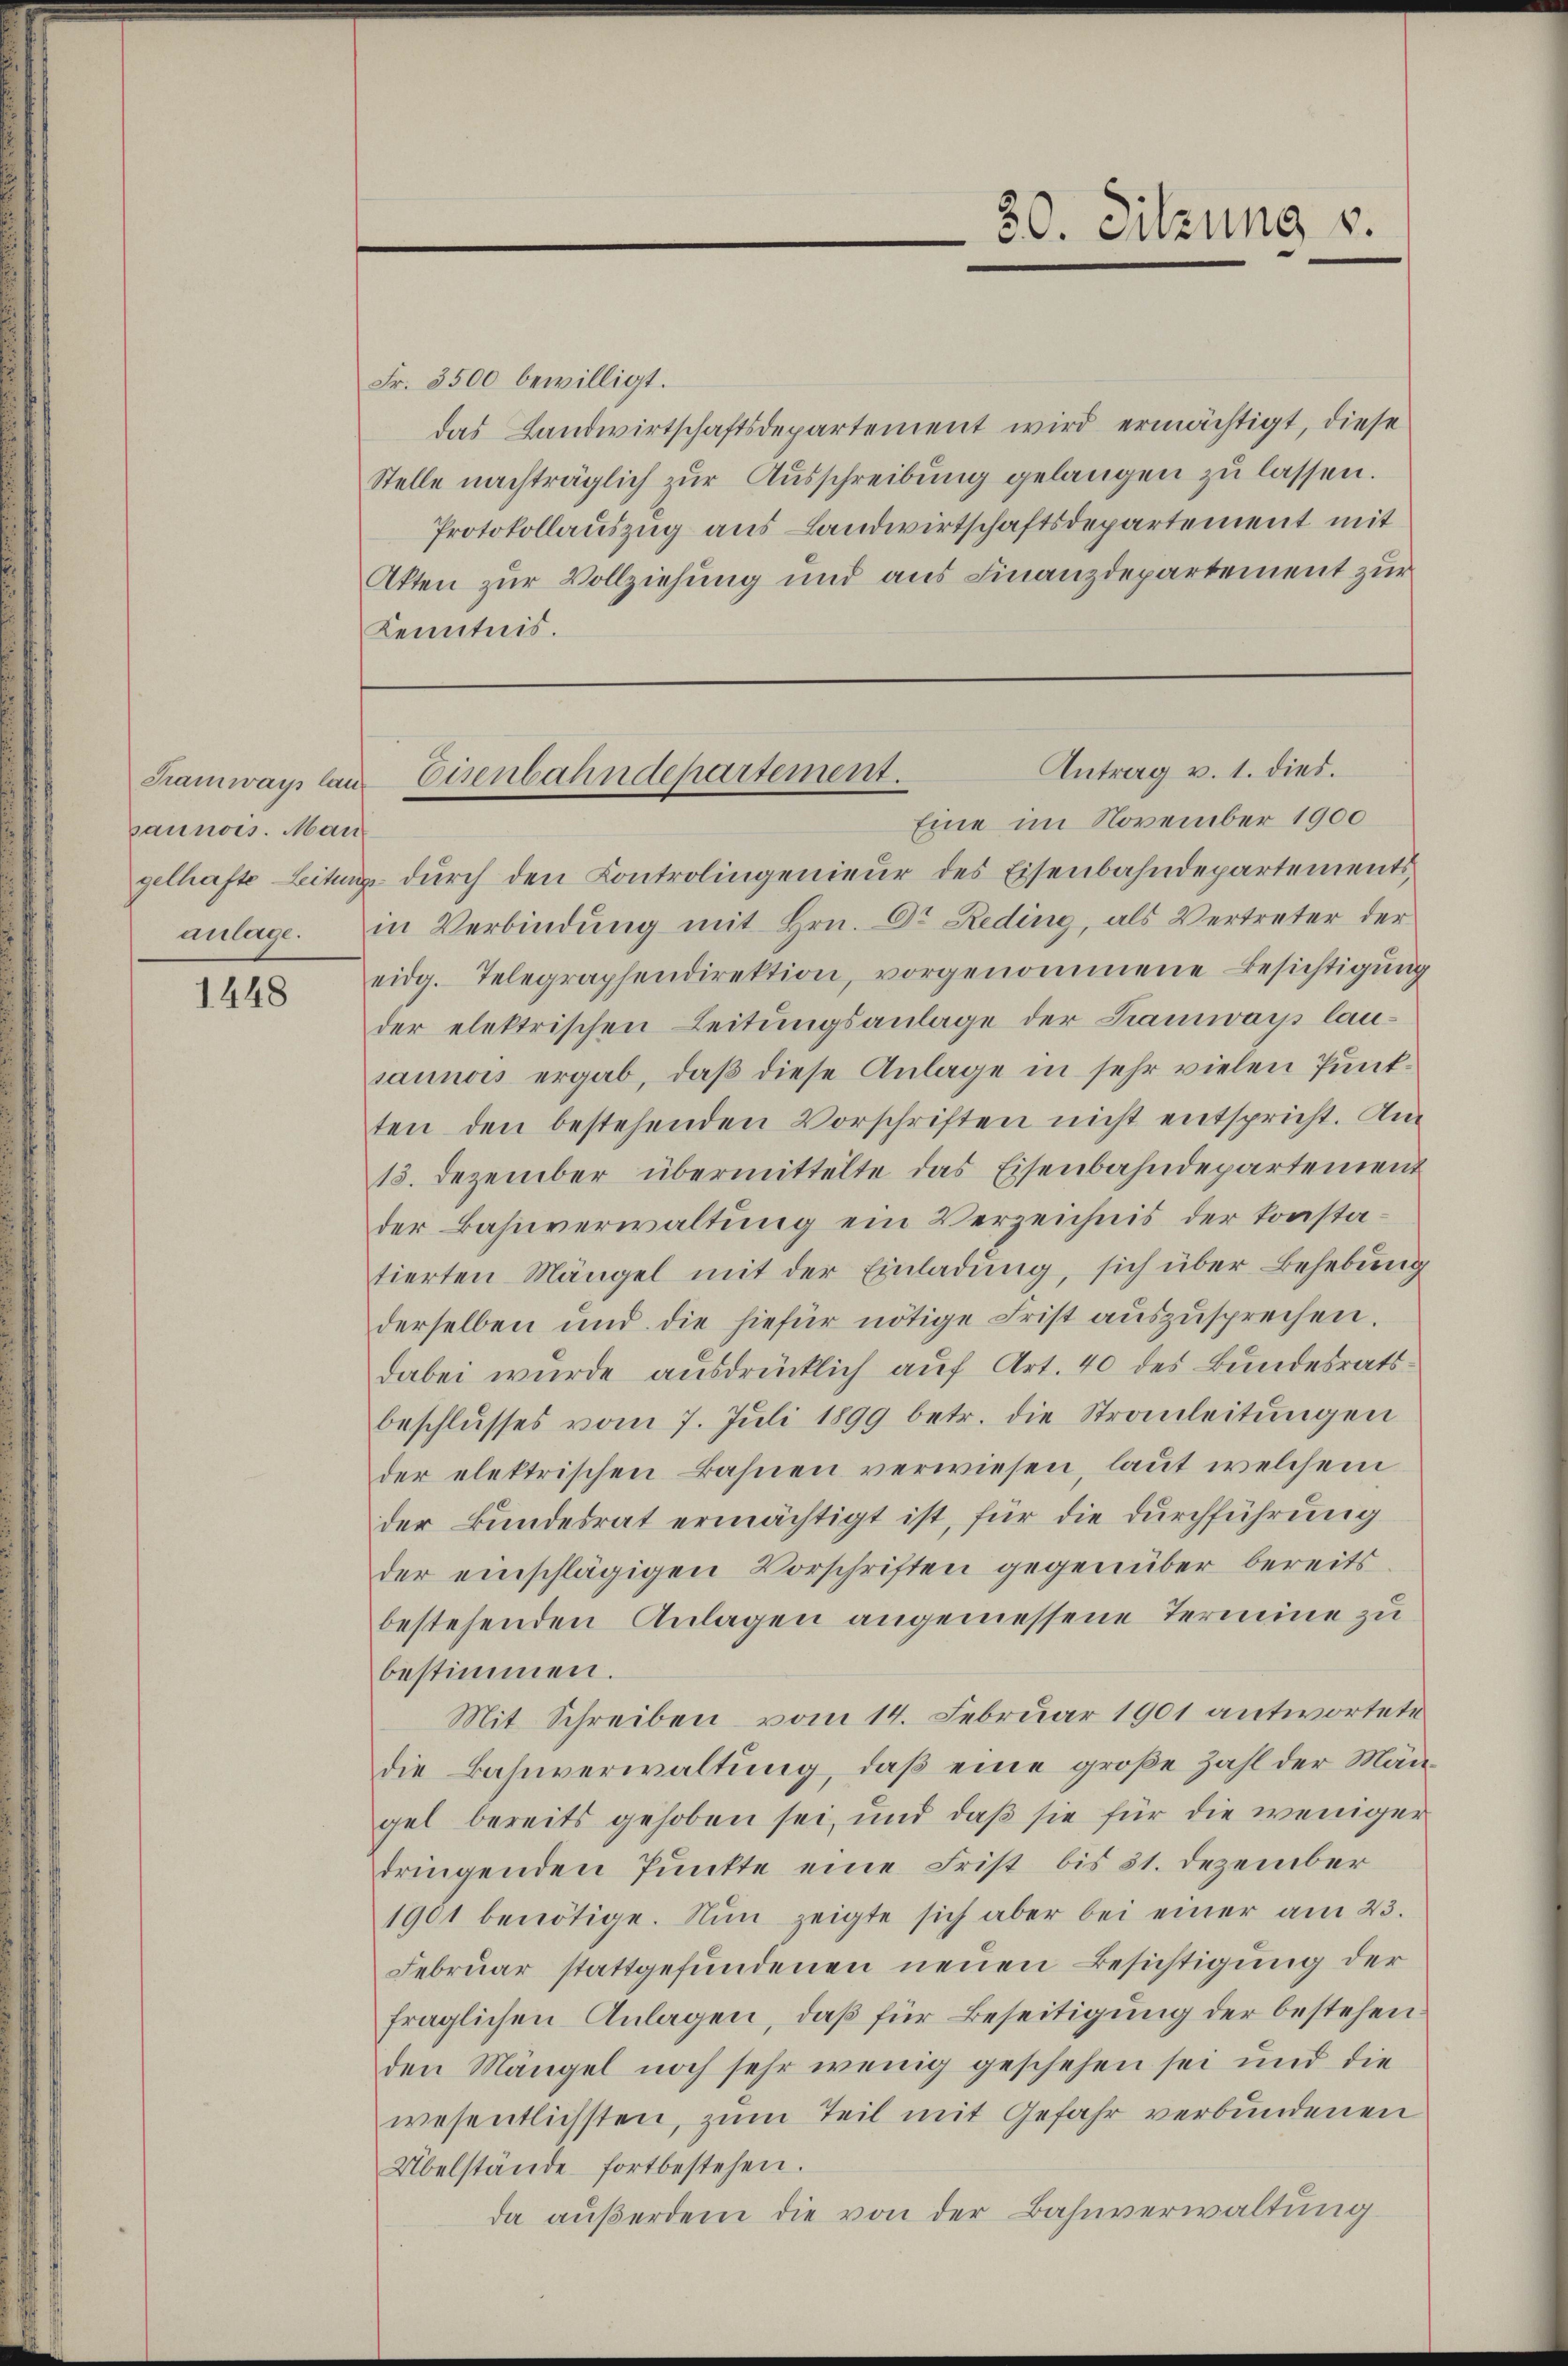
paunois. Man

1448

Fr. 3500 bewilligt.
das Landwirtschaftsdepartement wird ermächtigt, diese
Stelle nachträglich zur Ausschreibung gelangen zu lassen.
Protokollauszug aus Landwirtschaftsdepartement mit
Atten zur Vollziehung und aus Finanzdepartement zur
Kenntnis.

Eine im November 1900
gelhafte Leitung durch den Controlingenieur des Eisenbahndepartements
anlage. in Verbindung mit Hrn. Dr Reding, als Vertreter der
eidg. Telegraphendirektion, vorgenommene Besichtigung
der elektrischen Leitungsanlage der Tramway lausaunois ergab, daß diese Anlage in sehr vielen Punkten den bestehenden Vorschriften nicht entspricht. An¬
15. Dezember übermittelte das Eisenbahndepartement
der Bahnverwaltung ein Verzeichnis der konstatierten Mängel mit der Einladung, sich über Behebung
derselben und die hiefür nötige Frist auszusprechen.
dabei wurde ausdrücklich auf Art. 40 des Bundesratsbeschlŭsses vom 7. Jŭli 1899 betr. die Strauleitŭngen
der elektrischen Bahnen verwiesen, laut welchem
der Bundesrat ermächtigt ist, für die durchführung
der einschlägigen Vorschriften gegenüber bereits
bestehenden Anlagen angemessene Termine zu
bestimmen.
Mit Schreiben vom 14. Februar 1901 antwortete
die Bahnverwaltung, daß eine große Zahl der Mängel bereits gehoben sei, und daß sie für die weniger
dringenden Punkte eine Frist bis 31. Dezember
1901 benötige. Nŭn zeigte sich aber bei einer am 23.
Februar stattgefundenen neuen Besichtigung der
fraglichen Anlagen, daß für Beseitigung der bestehen
den Mängel noch sehr wenig geschehen sei und die
wesentlichsten, zum Teil mit Gefahr verbundenen
Übelstände fortbestehen.
da außerdem die von der Bahnverwaltung

30. Sitzung v.

Antrag v. 1. dies.
Tramways laut Eisenbahndepartement.